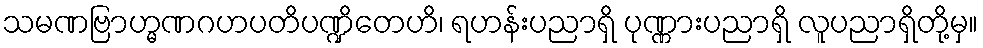
သမဏဗြာဟ္မဏဂဟပတိပဏ္ဍိတေဟိ၊ ရဟန်းပညာရှိ ပုဏ္ဏားပညာရှိ လူပညာရှိတို့မှ။